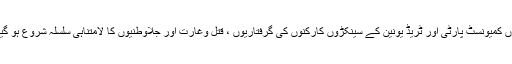
یوں کمیونسٹ پارٹی اور ٹریڈ یونین کے سینکڑوں کارکنوں کی گرفتاریوں ، قتل وغارت اور جلاوطنیوں کا لامتناہی سلسلہ شروع ہو گیا ۔